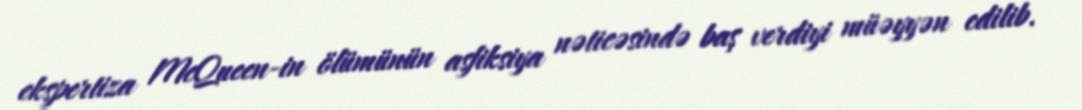
ekspertiza McQueen-in ölümünün asfiksiya nəticəsində baş verdiyi müəyyən edilib.